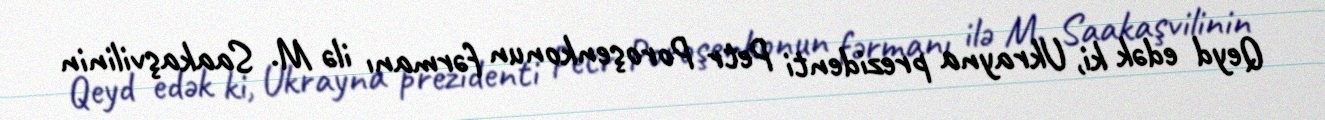
Qeyd edək ki, Ukrayna prezidenti Petr Poroşenkonun fərmanı ilə M. Saakaşvilinin